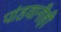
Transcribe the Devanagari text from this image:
पांडवानीही